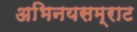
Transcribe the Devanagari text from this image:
अभिनयसम्राट